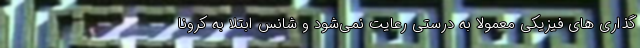
گذاری های فیزیکی معمولا به درستی رعایت نمی‌شود و شانس ابتلا به کرونا